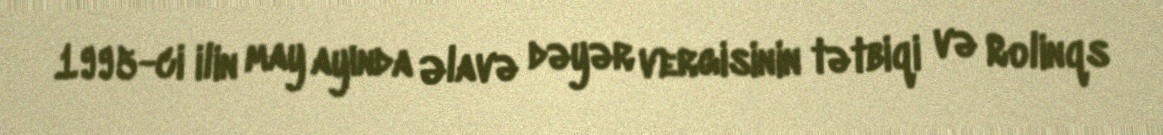
1995-ci ilin may ayında Əlavə dəyər vergisinin tətbiqi və Rolinqs